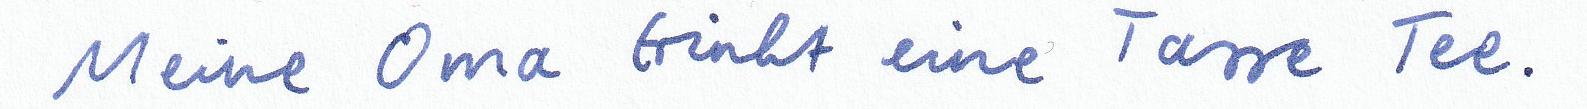
Meine Oma trinkt eine Tasse Tee.